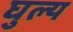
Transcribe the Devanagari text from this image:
घुल्य